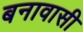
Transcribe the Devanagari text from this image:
बनावासी